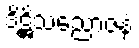
ဒိဋ္ဌိသညောဇနံ